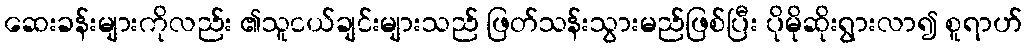
ဆေးခန်းများကိုလည်း ၏သူငယ်ချင်းများသည် ဖြတ်သန်းသွားမည်ဖြစ်ပြီး ပိုမိုဆိုးရွားလာ၍ စူရာဟ်